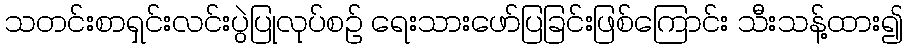
သတင်းစာရှင်းလင်းပွဲပြုလုပ်စဉ် ရေးသားဖော်ပြခြင်းဖြစ်ကြောင်း သီးသန့်ထား၍